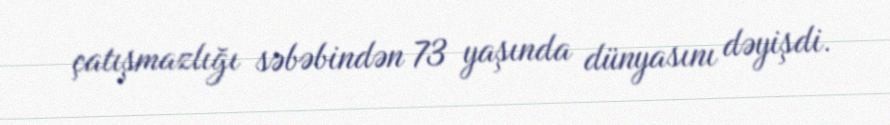
çatışmazlığı səbəbindən 73 yaşında dünyasını dəyişdi.